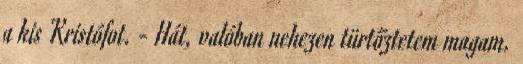
a kis Kristófot. - Hát, valóban nehezen türtőztetem magam.